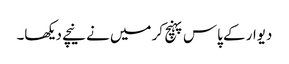
دیوار کے پاس پہنچ کر میں نے نیچے دیکھا۔